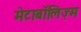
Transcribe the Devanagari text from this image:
मेटाबॉलिज़्म